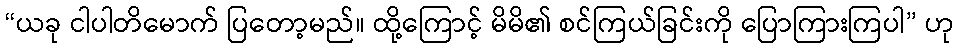
“ယခု ငါပါတိမောက် ပြတော့မည်။ ထို့ကြောင့် မိမိ၏ စင်ကြယ်ခြင်းကို ပြောကြားကြပါ” ဟု